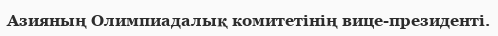
Азияның Олимпиадалық комитетінің вице-президенті.